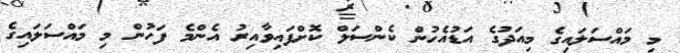
މި މައްސަލައިގެ މިއަދުގެ އަޑުއެހުން ކެންސަލް ކޮށްފައިވާއިރު އެންމެ ފަހުން މި މައްސަލައިގެ